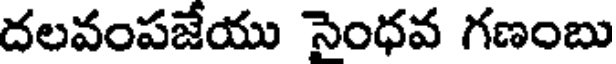
దలవంపజేయు సైంధవ గణంబు